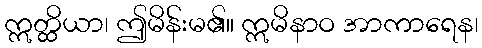
ဣတ္ထိယာ၊ ဤမိန်းမ၏။ ဣမိနာဝ အာကာရေန၊